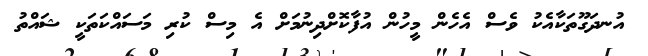
އުނދަގޫތަކާއެކު ވެސް އެހެން މީހުން އުފާކޮށްދިނުމަށް އެ މިސް ކުރި މަސައްކަތަކީ ޝައްތު